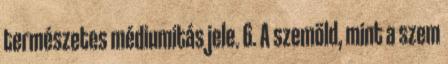
természetes médiumitás jele. 6. A szemöld, mint a szem